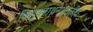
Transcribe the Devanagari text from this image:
विश्वनाथनभारतीय